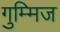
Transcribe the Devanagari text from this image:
गुम्मिज